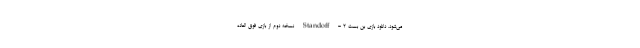
می‌شود. دانلود بازی بن بست 2 - Standoff نسخه دوم از بازی فوق العاده